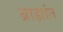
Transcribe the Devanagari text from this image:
ब्राह्मांत